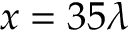
x = 3 5 \lambda